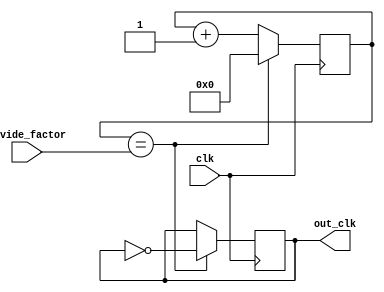
module clock_divider (
    input wire clk,
    input wire [7:0] divide_factor,
    output reg out_clk
);

reg [7:0] counter;

always @ (posedge clk) begin
    if (counter == divide_factor) begin
        out_clk <= ~out_clk;
        counter <= 0;
    end else begin
        counter <= counter + 1;
    end
end

endmodule